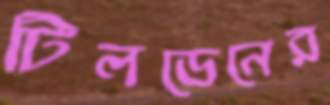
টিলডেনের